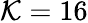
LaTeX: \mathcal{K}=16